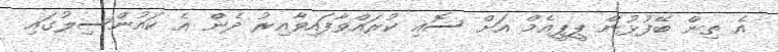
އެ ތިން ބޭފުޅުން ޕީޕީއެމް އަށް ސޮއި ކުރައްވާފައިވާއިރު ދެން އެ ކައުންސިލުގައި